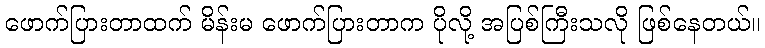
ဖောက်ပြားတာထက် မိန်းမ ဖောက်ပြားတာက ပိုလို့ အပြစ်ကြီးသလို ဖြစ်နေတယ်။